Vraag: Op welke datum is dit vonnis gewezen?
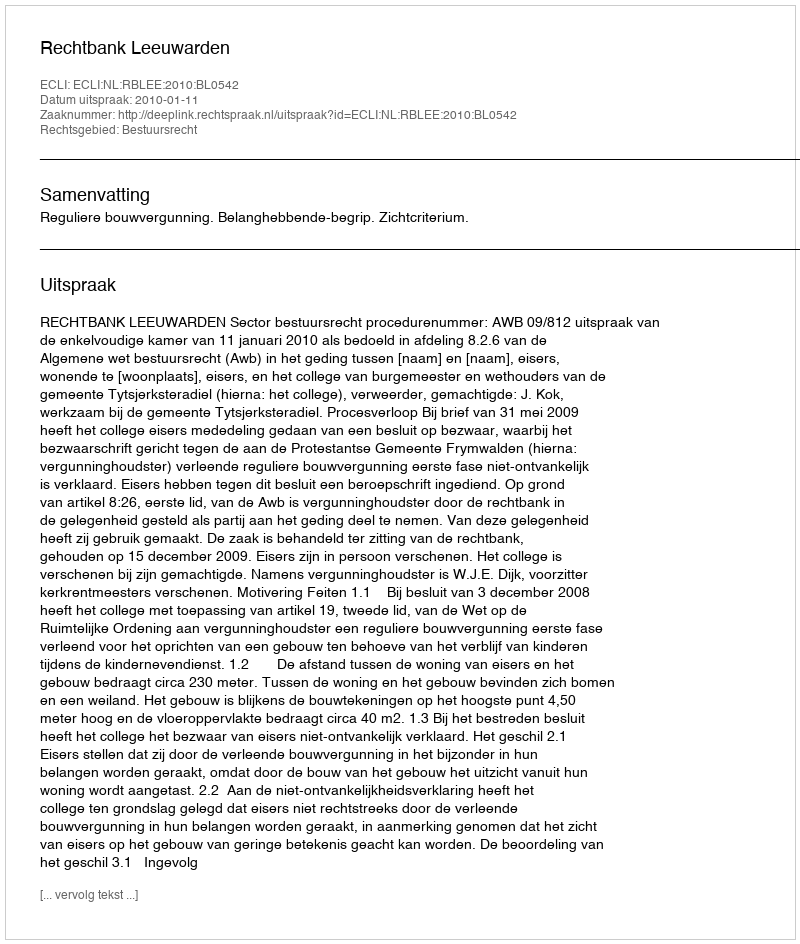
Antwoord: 2010-01-11